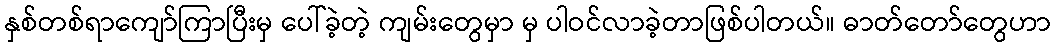
နှစ်တစ်ရာကျော်ကြာပြီးမှ ပေါ်ခဲ့တဲ့ ကျမ်းတွေမှာ မှ ပါဝင်လာခဲ့တာဖြစ်ပါတယ်။ ဓာတ်တော်တွေဟာ